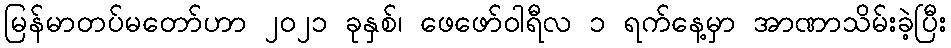
မြန်မာတပ်မတော်ဟာ ၂၀၂၁ ခုနှစ်၊ ဖေဖော်ဝါရီလ ၁ ရက်နေ့မှာ အာဏာသိမ်းခဲ့ပြီး